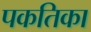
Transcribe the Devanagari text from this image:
पकतिका